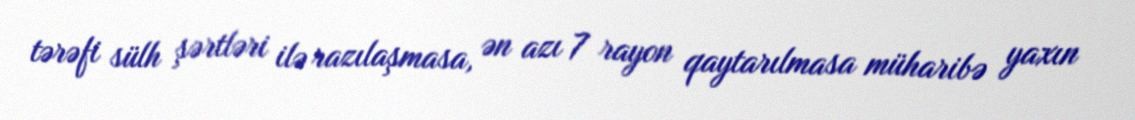
tərəfi sülh şərtləri ilə razılaşmasa, ən azı 7 rayon qaytarılmasa müharibə yaxın